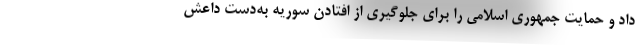
داد و حمایت جمهوری اسلامی را برای جلوگیری از افتادن سوریه به‌دست داعش